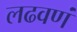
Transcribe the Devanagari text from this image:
लढवणं